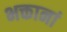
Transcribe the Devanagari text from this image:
भक्तानां